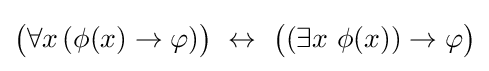
{\big (}\forall x\,(\phi (x)\to \varphi ){\big )}\,\,\leftrightarrow \,\,{\big (}(\exists x\ \phi (x))\to \varphi {\big )}